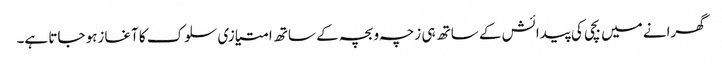
گھرانے میں بچی کی پیدائش کے ساتھ ہی زچہ و بچہ کے ساتھ امتیازی سلوک کا آغازہو جاتا ہے۔